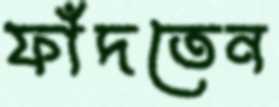
ফাঁদতেন